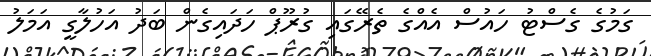
ގަމުގެ ގެސްޓު ހައުސް އެއްގެ ތެރޭގައި ގުރޫޕް ހަދައިގެން ބަދު އަހުލާގީ އަމަލު